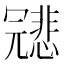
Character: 𠖤